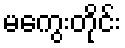
မကွေးတိုင်း